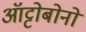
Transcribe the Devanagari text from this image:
ऑट्टोबोनो